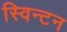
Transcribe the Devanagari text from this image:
स्विन्टन